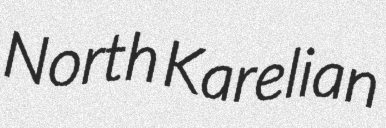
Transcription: North Karelian